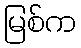
မြစ်က